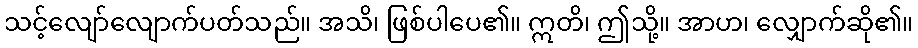
သင့်လျော်လျောက်ပတ်သည်။ အသိ၊ ဖြစ်ပါပေ၏။ ဣတိ၊ ဤသို့။ အာဟ၊ လျှောက်ဆို၏။